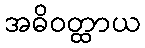
အဓိဝတ္ထာယ